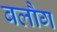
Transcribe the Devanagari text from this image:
बलौग